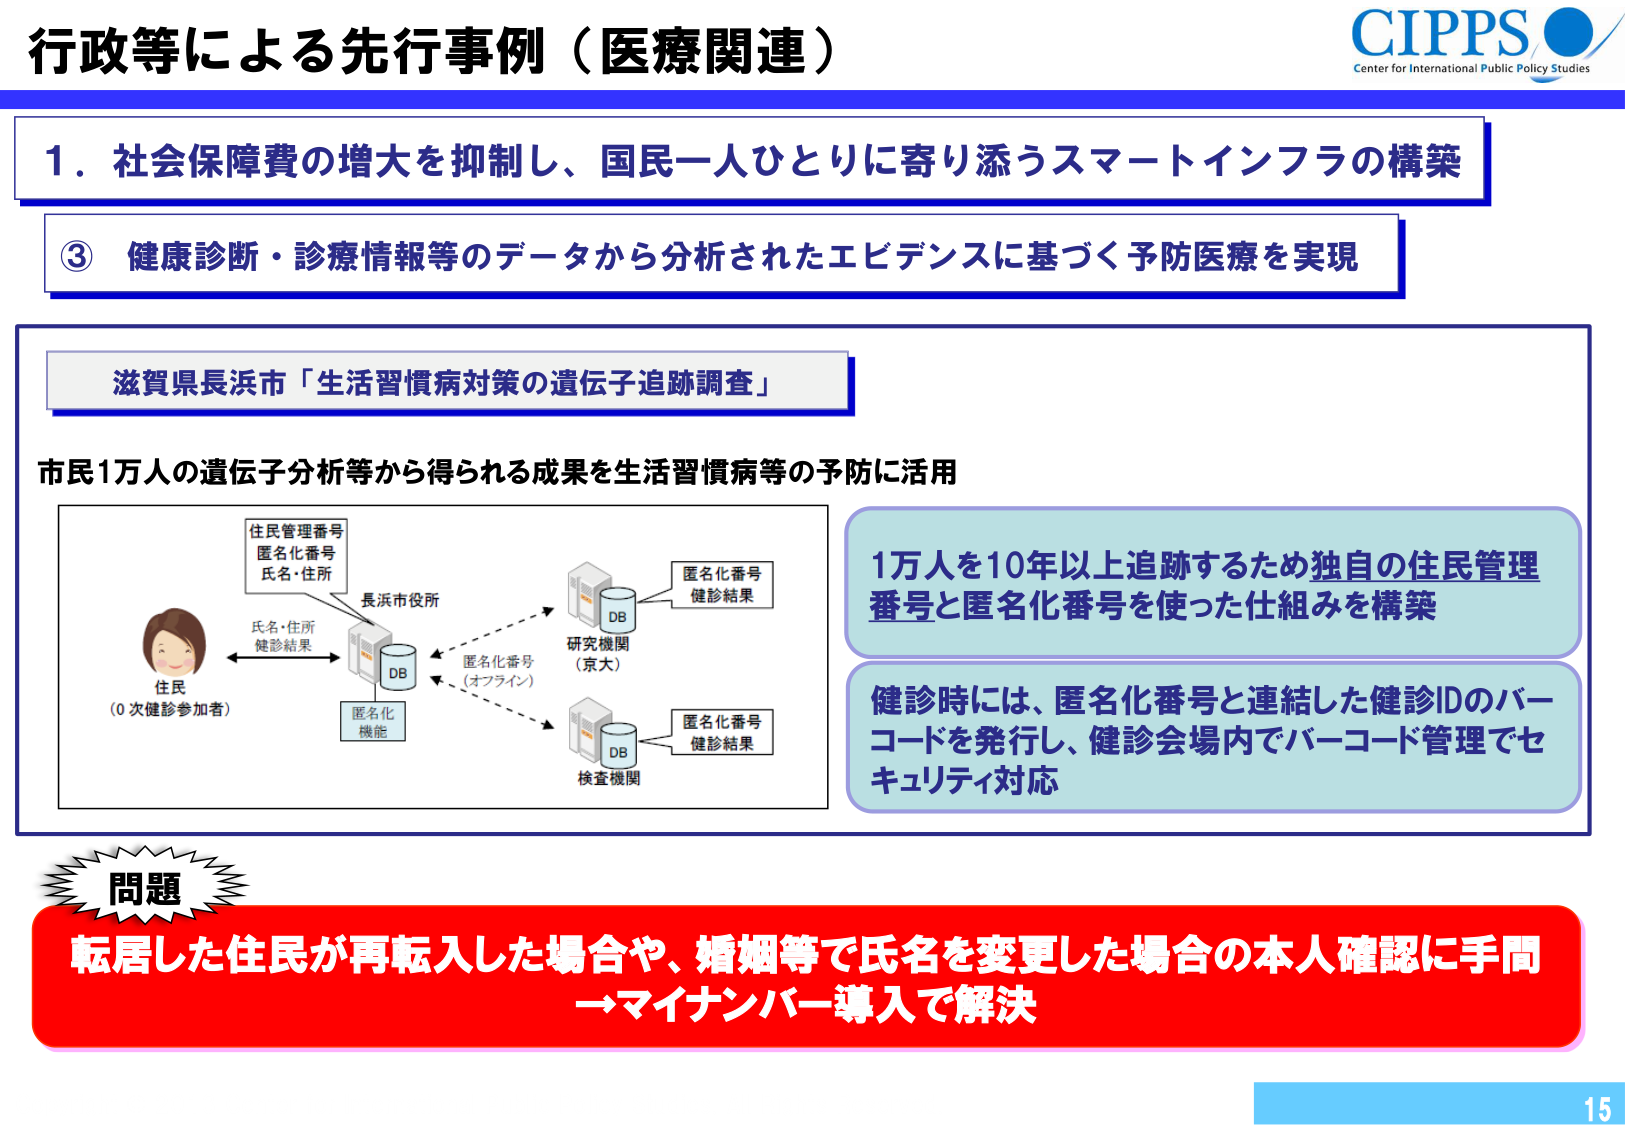
行政等による先行事例（医療関連）

1．社会保障費の増大を抑制し、国民一人ひとりに寄り添うスマートインフラの構築

③ 健康診断・診療情報等のデータから分析されたエビデンスに基づく予防医療を実現

滋賀県長浜市「生活習慣病対策の遺伝子追跡調査」

市民1万人の遺伝子分析等から得られる成果を生活習慣病等の予防に活用

住民管理番号
匿名化番号
氏名・住所

長浜市役所
DB
匿名化機能

住民
（0次健診参加者）
氏名・住所
健診結果

研究機関
（京大）
DB
匿名化番号
健診結果

検査機関
DB
匿名化番号
健診結果

匿名化番号
（オフライン）

1万人を10年以上追跡するため独自の住民管理番号と匿名化番号を使った仕組みを構築

健診時には、匿名化番号と連結した健診IDのバーコードを発行し、健診会場内でバーコード管理でセキュリティ対応

問題
転居した住民が再転入した場合や、婚姻等で氏名を変更した場合の本人確認に手間
→マイナンバー導入で解決

CIPPS
Center for International Public Policy Studies

15